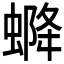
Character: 𧌰